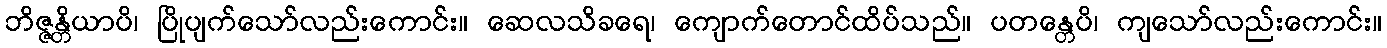
ဘိဇ္ဇန္တိယာပိ၊ ပြိုပျက်သော်လည်းကောင်း။ ဆေလသိခရေ၊ ကျောက်တောင်ထိပ်သည်။ ပတန္တေပိ၊ ကျသော်လည်းကောင်း။